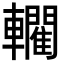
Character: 𨏦